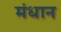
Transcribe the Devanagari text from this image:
मंधान